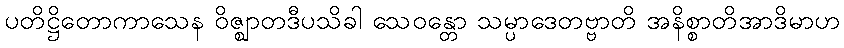
ပတိဋ္ဌိတောကာသေန ဝိဇ္ဈာတဒီပသိခါ သေဝန္တော သမ္ပာဒေတဗ္ဗာတိ အနိစ္စာတိအာဒိမာဟ